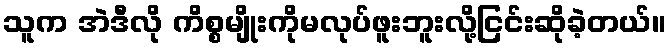
သူက အဲဒီလို ကိစ္စမျိုးကိုမလုပ်ဖူးဘူးလို့ငြင်းဆိုခဲ့တယ်။